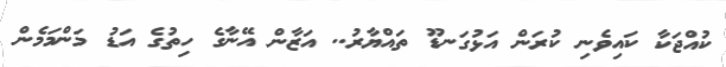
ކުއްޖަކާ ކައިވެނި ކުރަން އަޅުގަނޑޫ ތައްޔާރު.. އަޒާން އޭނާގެ ހިތުގެ އަޑު މަންމަމެން